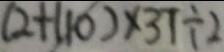
( 2 + 1 1 0 ) \times 3 7 \div 2